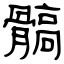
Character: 髇